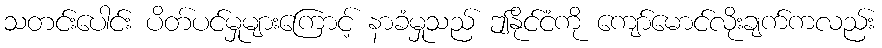
သတင်းပေါင်း ပိတ်ပင်မှုများကြောင့် နာခံမှုသည် ဤနိုင်ငံကို ကျော်မောင်လိုးချက်ကလည်း